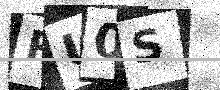
Text: RU0S